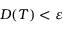
D ( T ) < \varepsilon